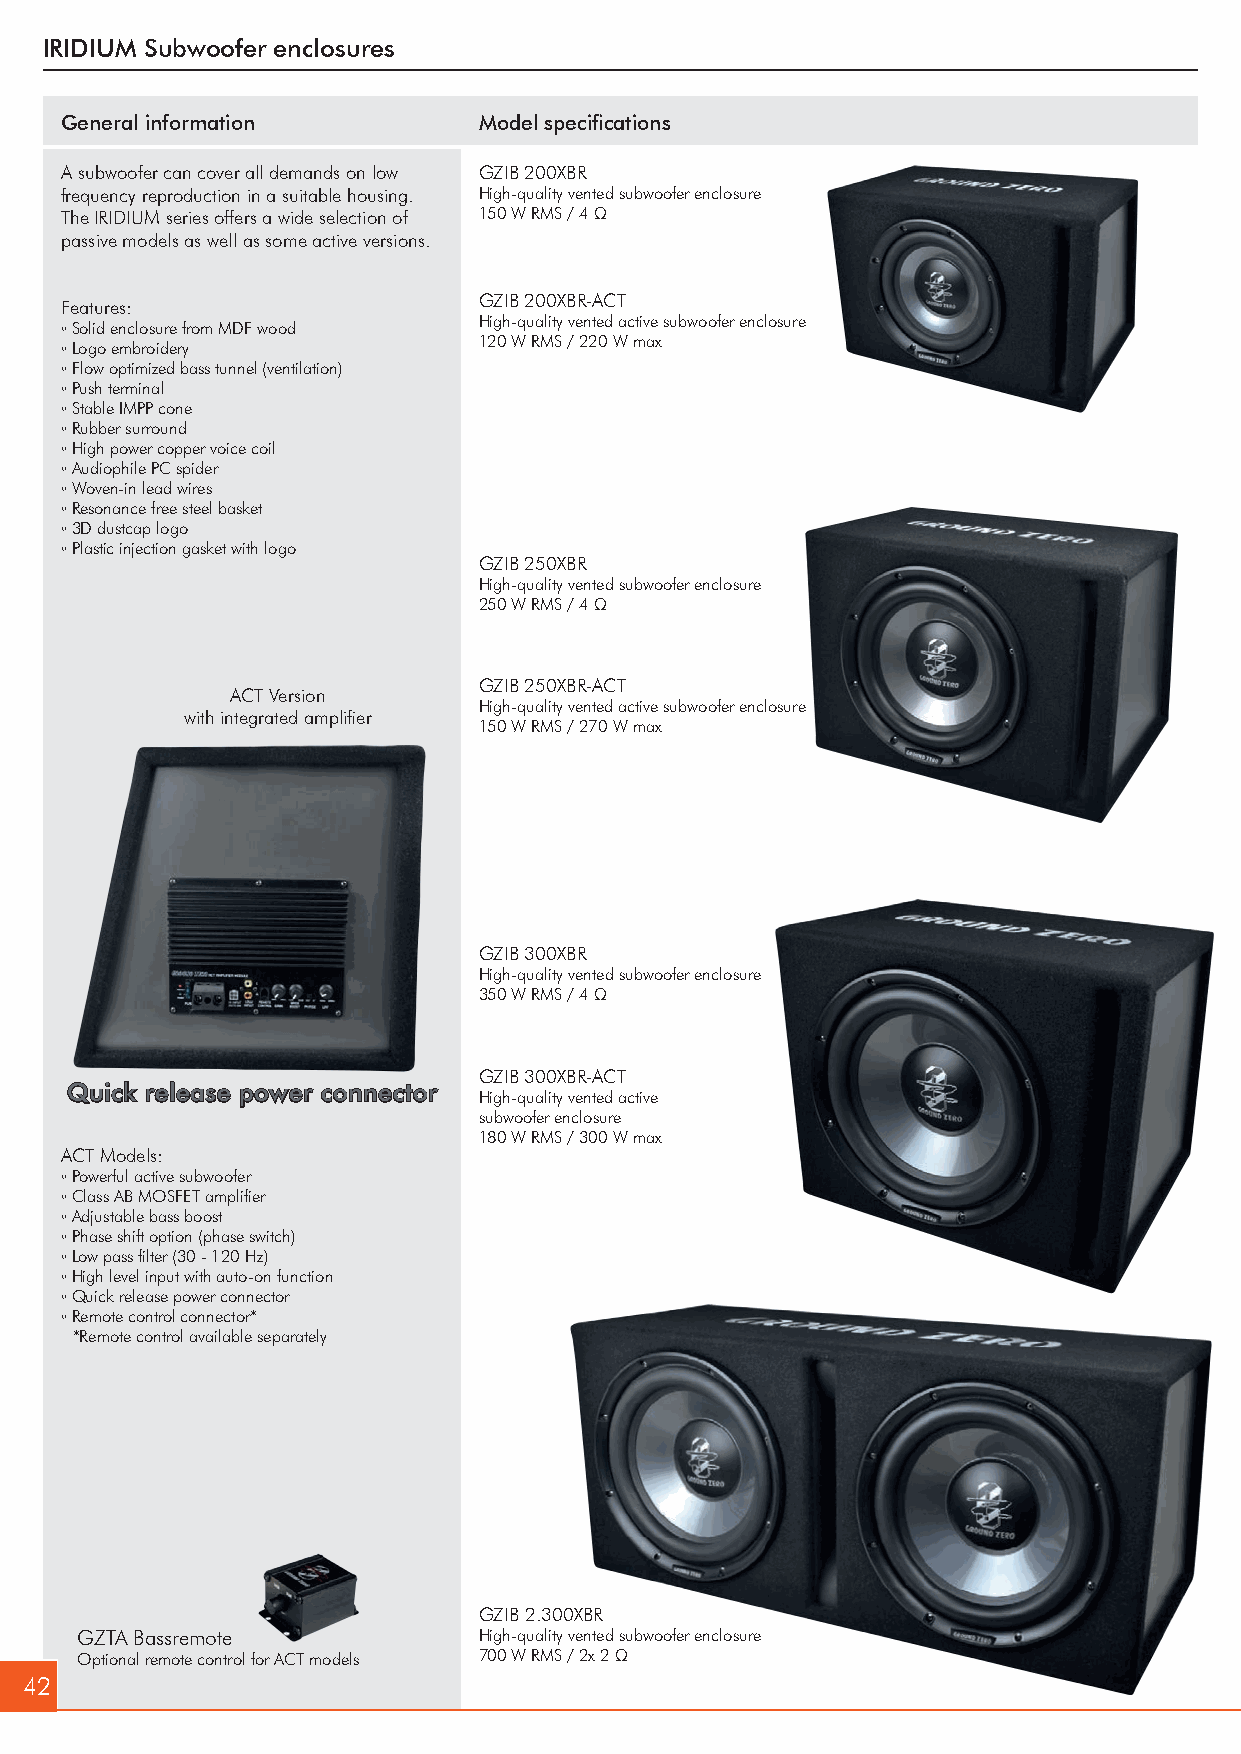
IRIDIUM Subwoofer enclosures
 General information         Model specifications
 A subwoofer can cover all demands on low GZIB 200XBR
 frequency reproduction in a suitable housing. High-quality vented subwoofer enclosure
 The IRIDIUM series offers a wide selection of 150 W RMS / 4 Ω
 passive models as well as some active versions.
 GZIB 200XBR-ACT
 Features:
 High-quality vented active subwoofer enclosure
 ◦ Solid enclosure from MDF wood
 120 W RMS / 220 W max
 ◦ Logo embroidery
 ◦ Flow optimized bass tunnel (ventilation)
 ◦ Push terminal
 ◦ Stable IMPP cone
 ◦ Rubber surround
 ◦ High power copper voice coil
 ◦ Audiophile PC spider
 ◦ Woven-in lead wires
 ◦ Resonance free steel basket
 ◦ 3D dustcap logo
 ◦ Plastic injection gasket with logo
 GZIB 250XBR
 High-quality vented subwoofer enclosure
 250 W RMS / 4 Ω
 GZIB 250XBR-ACT
 ACT Version
 High-quality vented active subwoofer enclosure
 with integrated amplifier
 150 W RMS / 270 W max
 GZIB 300XBR
 High-quality vented subwoofer enclosure
 350 W RMS / 4 Ω
 GZIB 300XBR-ACT
 Quick release power connector
 High-quality vented active
 subwoofer enclosure
 180 W RMS / 300 W max
 ACT Models:
 ◦ Powerful active subwoofer
 ◦ Class AB MOSFET amplifier
 ◦ Adjustable bass boost
 ◦ Phase shift option (phase switch)
 ◦ Low pass filter (30 - 120 Hz)
 ◦ High level input with auto-on function
 ◦ Quick release power connector
 ◦ Remote control connector*
 *Remote control available separately
 GZIB 2.300XBR
 GZTA Bassremote            High-quality vented subwoofer enclosure
 Optional remote control for ACT models 700 W RMS / 2x 2 Ω
 42